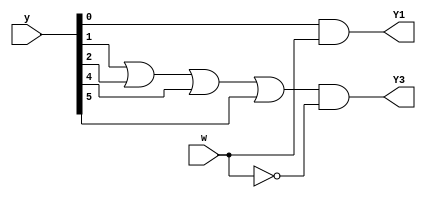
//https://hdlbits.01xz.net/wiki/Exams/2012_q2b

module top_module (
    input [5:0] y,
    input w,
    output Y1,
    output Y3
);

    assign Y1 = y[0]&w ;
    assign Y3 = (y[1]|y[2]|y[4]|y[5])&~w;
endmodule